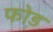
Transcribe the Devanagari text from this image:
फो़ड